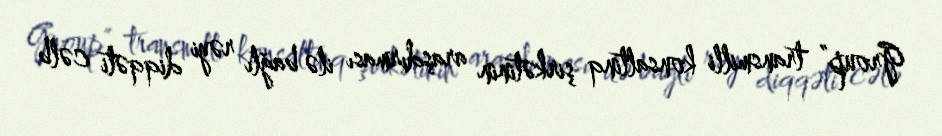
Group” transmilli konsaltinq şirkətinin araşdırması ilə bağlı rəyi diqqəti cəlb